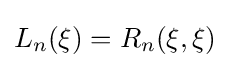
L_{n}(\xi )=R_{n}(\xi ,\xi )